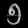
Digit: ၅